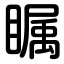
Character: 瞩